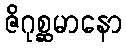
ဇိဂုစ္ဆမာနော